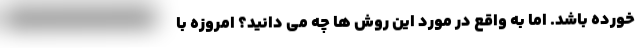
خورده باشد. اما به واقع در مورد این روش ها چه می دانید؟ امروزه با